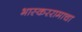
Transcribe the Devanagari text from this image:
भास्कररामाचा